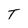
Character: T